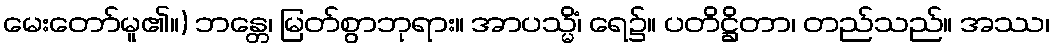
မေးတော်မူ၏။) ဘန္တေ၊ မြတ်စွာဘုရား။ အာပသ္မိံ၊ ရေ၌။ ပတိဋ္ဌိတာ၊ တည်သည်။ အဿ၊